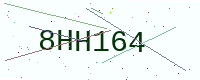
Text: 8HH164